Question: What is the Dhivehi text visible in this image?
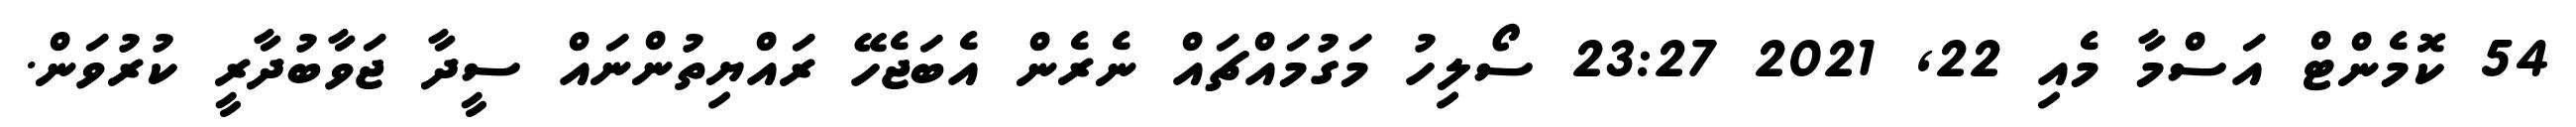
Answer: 54 ކޮމެންޓް އަސްމާ މެއި 22, 2021 23:27 ސޯލިހު މަގުމައްޗައް ނެރެން އެބަޖެހޭ ރައްޔިތުންނައް ސީދާ ޖަވާބުދާރީ ކުރުވަން.